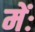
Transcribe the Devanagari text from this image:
मेंः